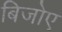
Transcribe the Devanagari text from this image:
बिजोए